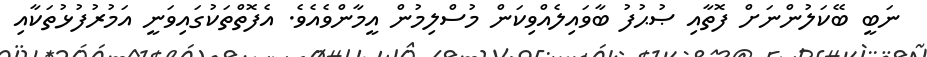
ނަބީ ބޭކަލުންނަށް ފޮތާއި ޞުޙުފު ބާވައިލެއްވިކަން މުސްލިމުން އީމާންވެއެވެ. އެފޮތްތަކުގައިވަނީ އަމުރުފުޅުތަކާއި